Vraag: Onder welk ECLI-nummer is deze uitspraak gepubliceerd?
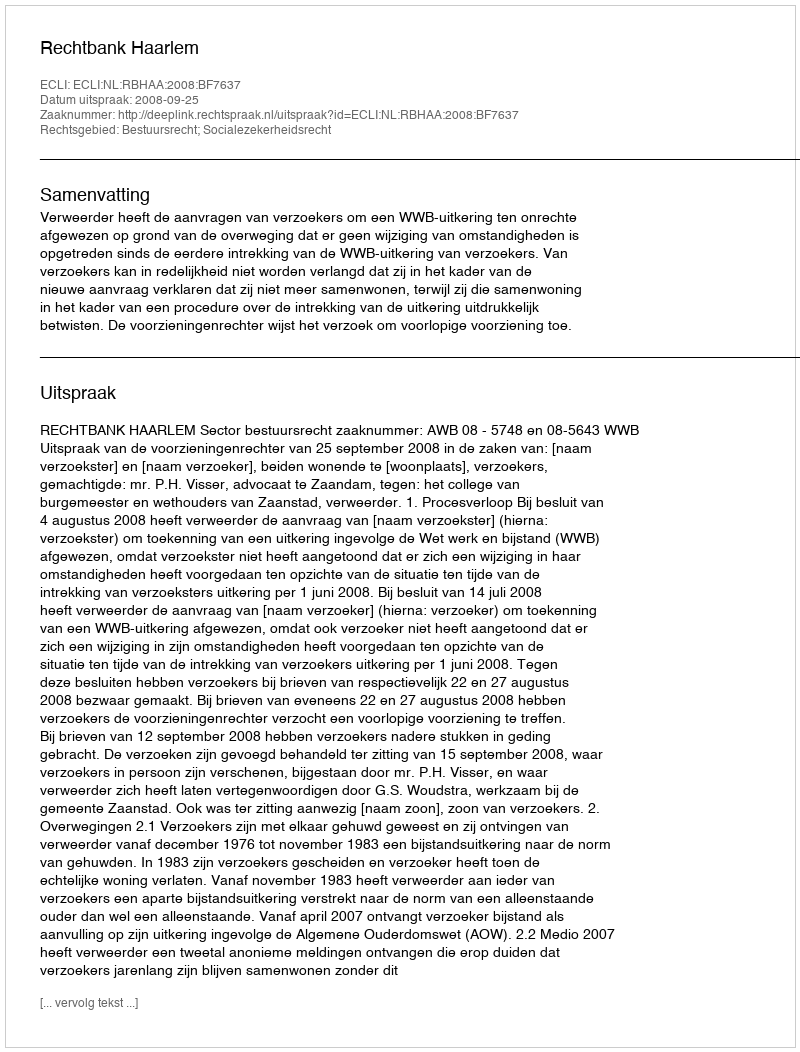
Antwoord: ECLI:NL:RBHAA:2008:BF7637